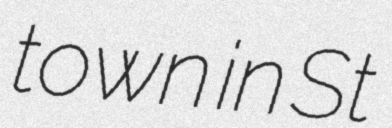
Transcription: town in St